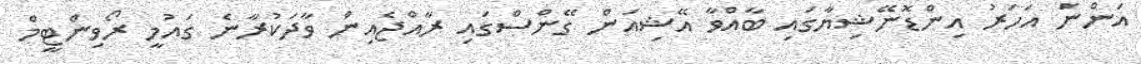
އަންނަ އަހަރު އިންޑޮނޭޝިޔާގައި ބާއްވާ އޭޝިއަން ގޭންސްގައި ރާއްޖެއިން ވާދަކުރާނެ ގައުމީ ރޯވިންޓީމް